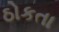
ઠોકતા